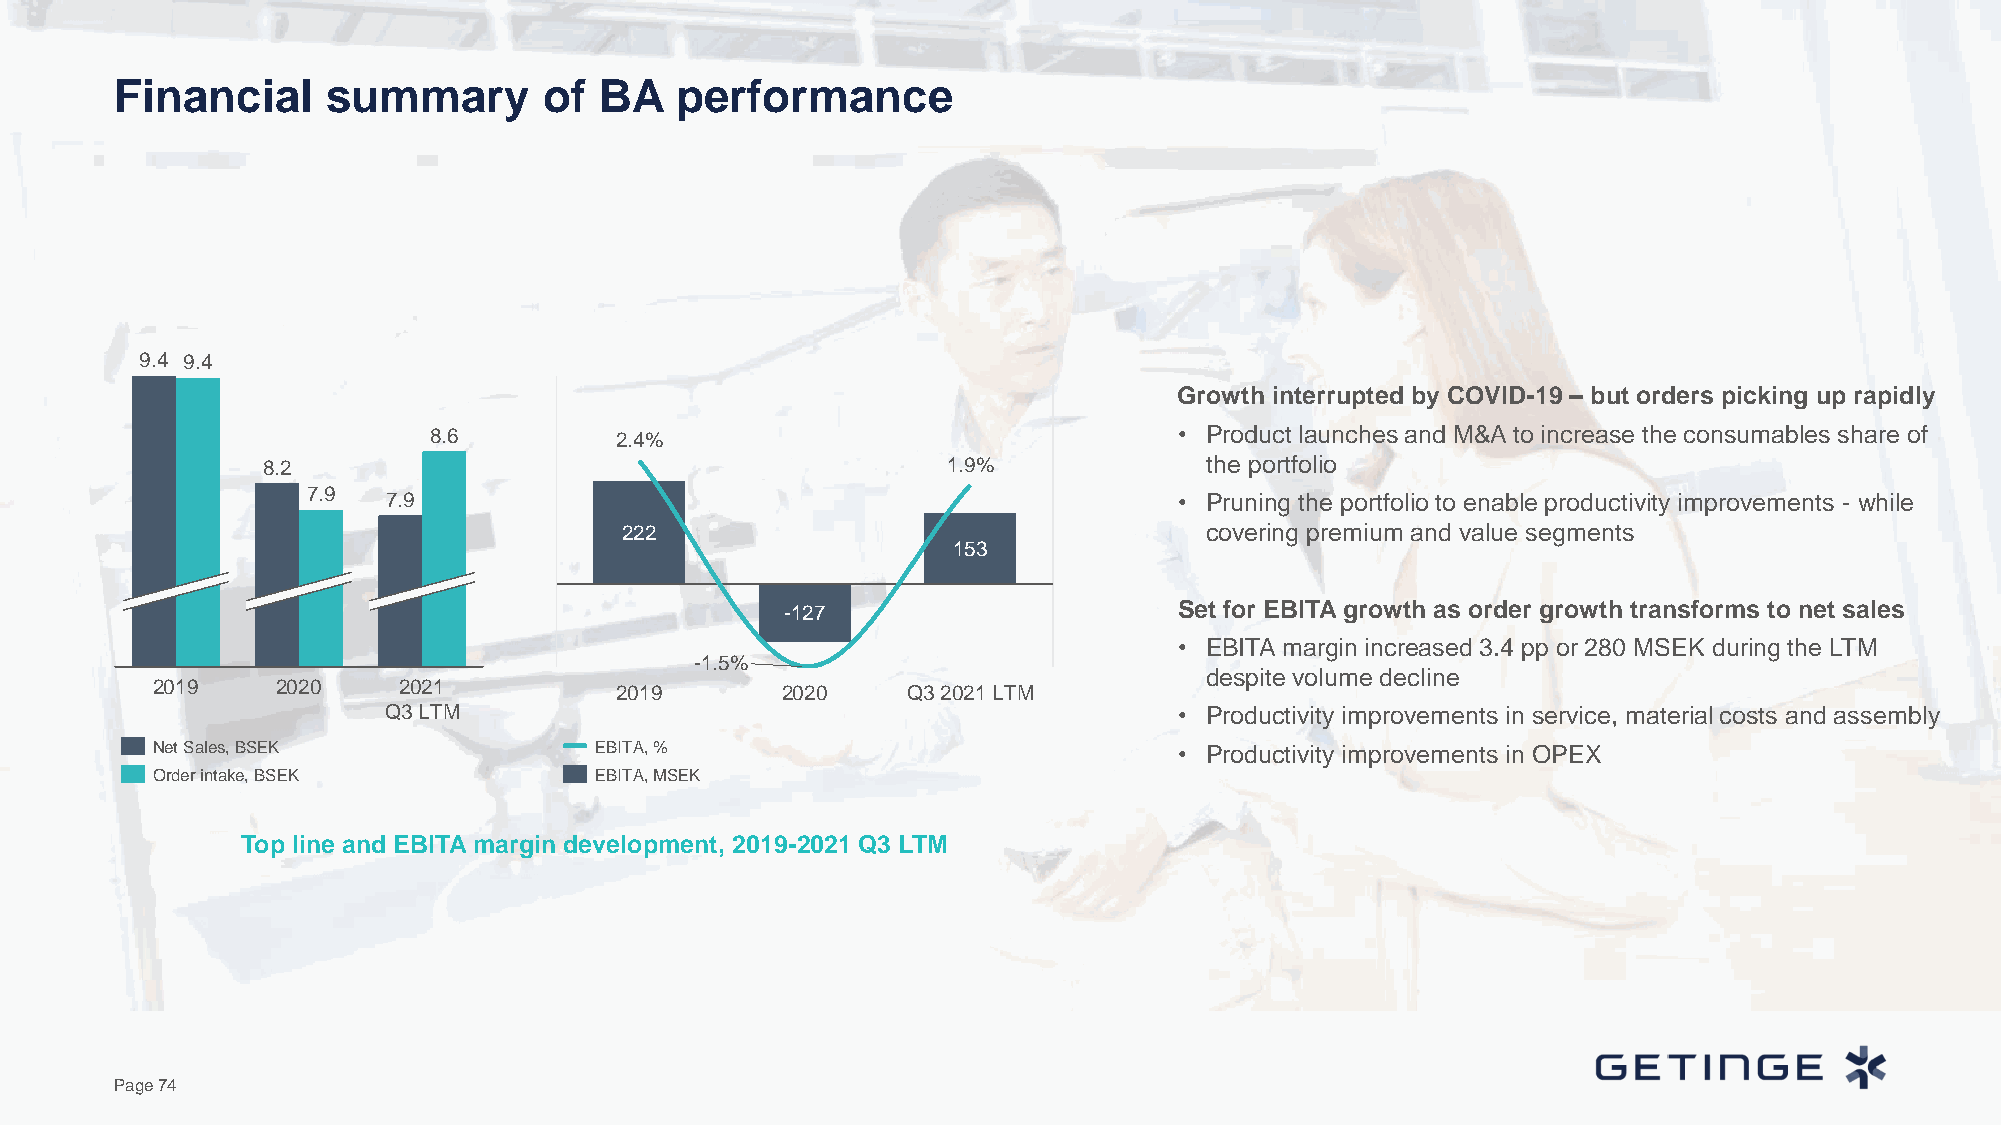
Financial     summary       of  BA   performance
 9.4 9.4
 Growth interrupted by COVID-19 – but orders picking up rapidly
 8.6          2.4%                                 • Product launches and M&A to increase the consumables share of
 8.2                                           1.9%             the portfolio
 7.9   7.9                                                 • Pruning the portfolio to enable productivity improvements - while
 222                                    covering premium and value segments
 153
 -127                      Set for EBITA growth as order growth transforms to net sales
 • EBITA margin increased 3.4 pp or 280 MSEK during the LTM
 -1.5%
 despite volume decline
 2019    2020    2021           2019       2020    Q3 2021 LTM
 Q3 LTM                                               • Productivity improvements in service, material costs and assembly
 Net Sales, BSEK              EBITA, %                               • Productivity improvements in OPEX
 Order intake, BSEK           EBITA, MSEK
 Top line and EBITA margin development, 2019-2021 Q3 LTM
 Page 74